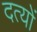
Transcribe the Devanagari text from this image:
दत्यों